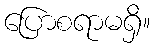
ပြောစရာမရှိ။